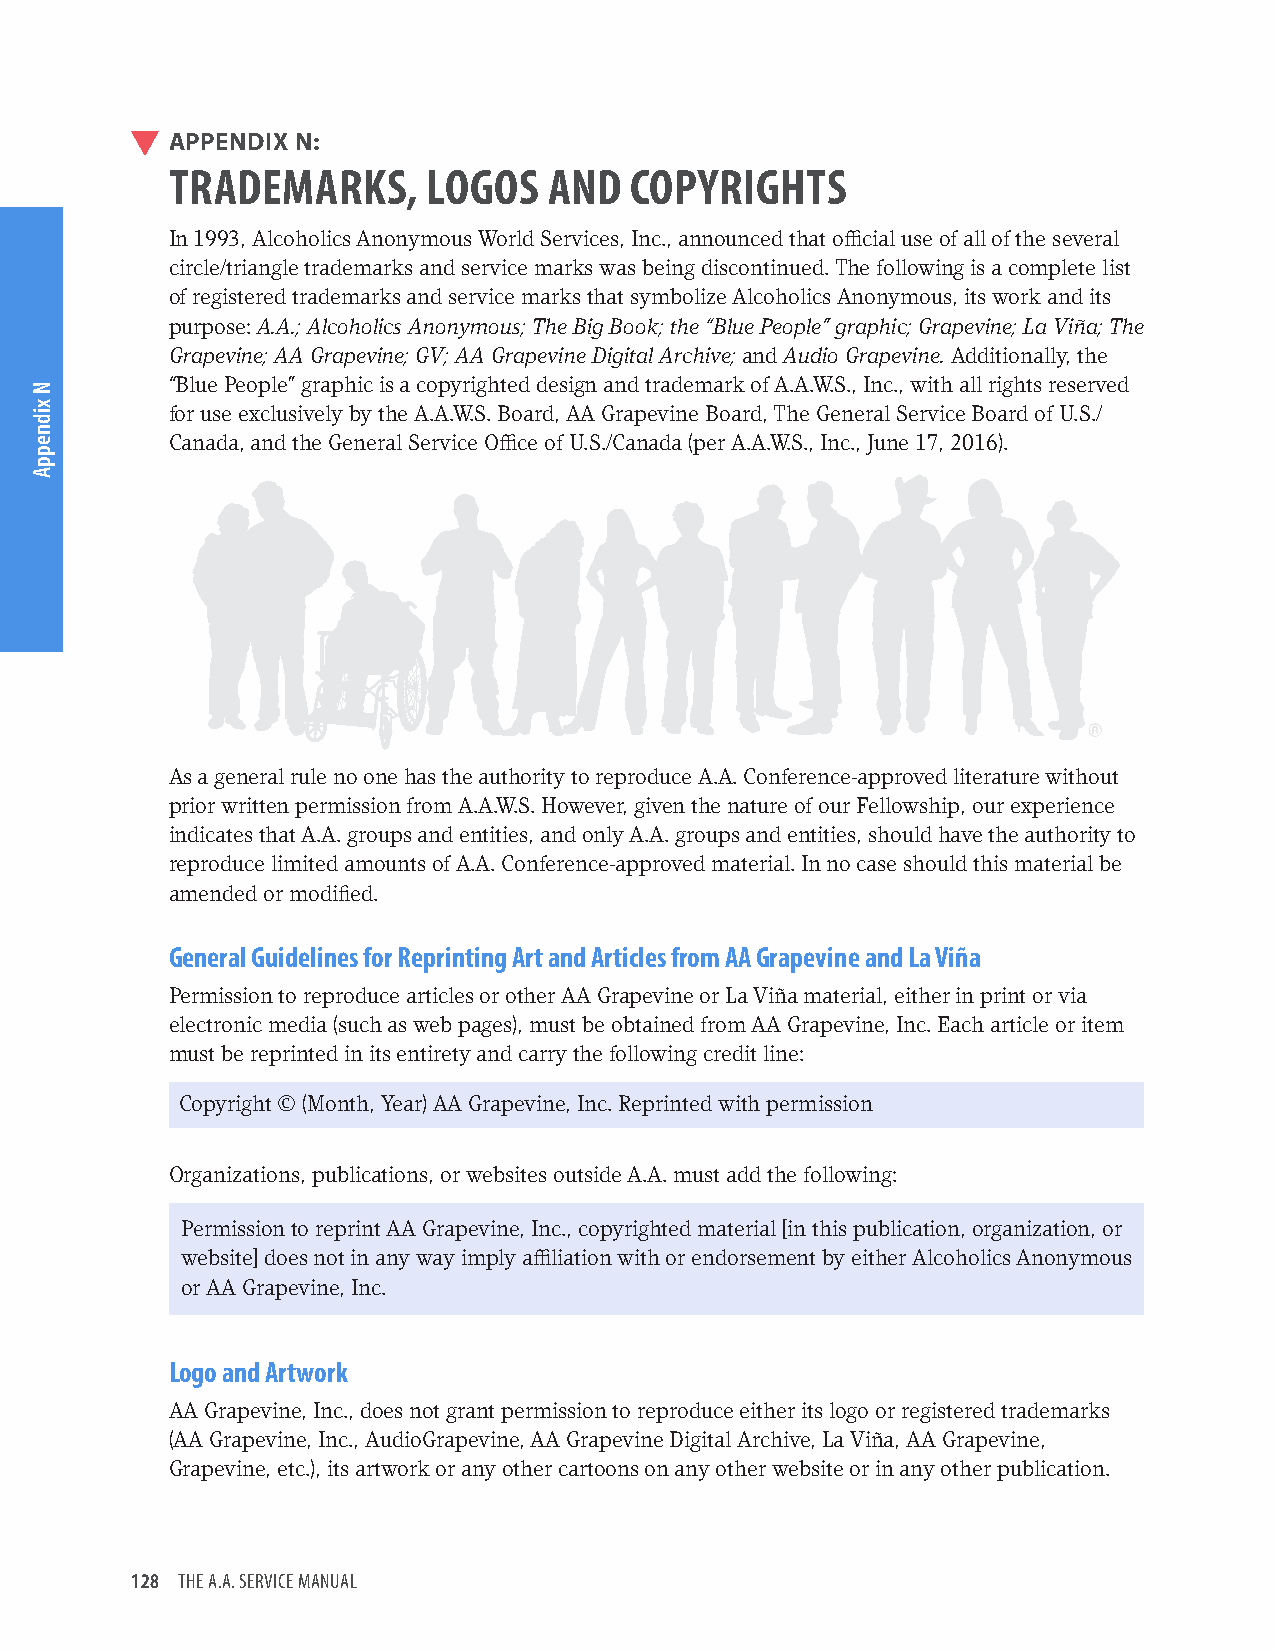
APPENDIX N:
 TRADEMARKS,      LOGOS   AND   COPYRIGHTS
 In 1993, Alcoholics Anonymous World Services, Inc., announced that official use of all of the several
 circle/triangle trademarks and service marks was being discontinued. The following is a complete list
 of registered trademarks and service marks that symbolize Alcoholics Anonymous, its work and its
 purpose: A.A.; Alcoholics Anonymous; The Big Book; the “Blue People” graphic; Grapevine; La Viña; The
 Grapevine; AA Grapevine; GV; AA Grapevine Digital Archive; and Audio Grapevine. Additionally, the
 “Blue People” graphic is a copyrighted design and trademark of A.A.W.S., Inc., with all rights reserved
 for use exclusively by the A.A.W.S. Board, AA Grapevine Board, The General Service Board of U.S./
 Canada, and the General Service Office of U.S./Canada (per A.A.W.S., Inc., June 17, 2016).
 As a general rule no one has the authority to reproduce A.A. Conference-approved literature without
 prior written permission from A.A.W.S. However, given the nature of our Fellowship, our experience
 indicates that A.A. groups and entities, and only A.A. groups and entities, should have the authority to
 reproduce limited amounts of A.A. Conference-approved material. In no case should this material be
 amended or modified.
 General Guidelines for Reprinting Art and Articles from AA Grapevine and La Viña
 Permission to reproduce articles or other AA Grapevine or La Viña material, either in print or via
 electronic media (such as web pages), must be obtained from AA Grapevine, Inc. Each article or item
 must be reprinted in its entirety and carry the following credit line:
 Copyright © (Month, Year) AA Grapevine, Inc. Reprinted with permission
 Organizations, publications, or websites outside A.A. must add the following:
 Permission to reprint AA Grapevine, Inc., copyrighted material [in this publication, organization, or
 website] does not in any way imply affiliation with or endorsement by either Alcoholics Anonymous
 or AA Grapevine, Inc.
 Logo and Artwork
 AA Grapevine, Inc., does not grant permission to reproduce either its logo or registered trademarks
 (AA Grapevine, Inc., AudioGrapevine, AA Grapevine Digital Archive, La Viña, AA Grapevine,
 Grapevine, etc.), its artwork or any other cartoons on any other website or in any other publication.
 128 THE A.A. SERVICE MANUAL
 N
 xidneppA